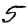
Digit: 5